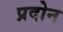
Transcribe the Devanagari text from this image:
प्रदोन